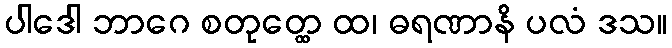
ပါဒေါ ဘာဂေ စတုတ္ထေ ထ၊ ဓရဏာနိ ပလံ ဒသ။